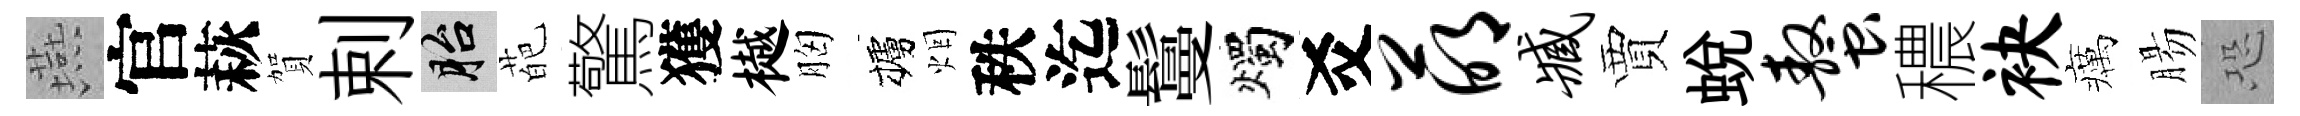
燕官萩賀剌胎葩驚獲樾胸櫨烟秩迄鬘燭爻萌臧賈蛻螯穠袂癘腸恐